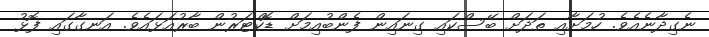
ނެގިދާނެއެވެ. ހުމަށާއި ތަދަށް ބޭސްކައި ގިނައިން ފެންބުއިމަށް ޑޮކްޓަރުން ބާރުއަޅައެވެ. އަނގާގައި ފޮޅު